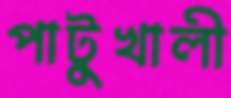
পাটুখালী